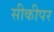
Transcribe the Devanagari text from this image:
सीकीपर